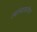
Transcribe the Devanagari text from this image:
त्यांच्याकरीता